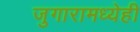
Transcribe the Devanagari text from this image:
जुगारामध्येही